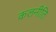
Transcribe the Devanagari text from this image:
कलनीति